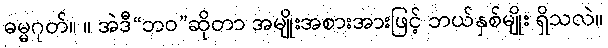
ဓမ္မဂုတ်။ ။ အဲဒီ“ဘဝ”ဆိုတာ အမျိုးအစားအားဖြင့် ဘယ်နှစ်မျိုး ရှိသလဲ။